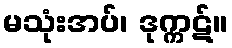
မသုံးအပ်၊ ဒုက္ကဋ်။